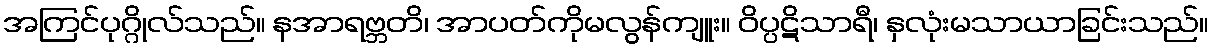
အကြင်ပုဂ္ဂိုလ်သည်။ နအာရဗ္ဘတိ၊ အာပတ်ကိုမလွန်ကျူး။ ဝိပ္ပဋိသာရီ၊ နှလုံးမသာယာခြင်းသည်။